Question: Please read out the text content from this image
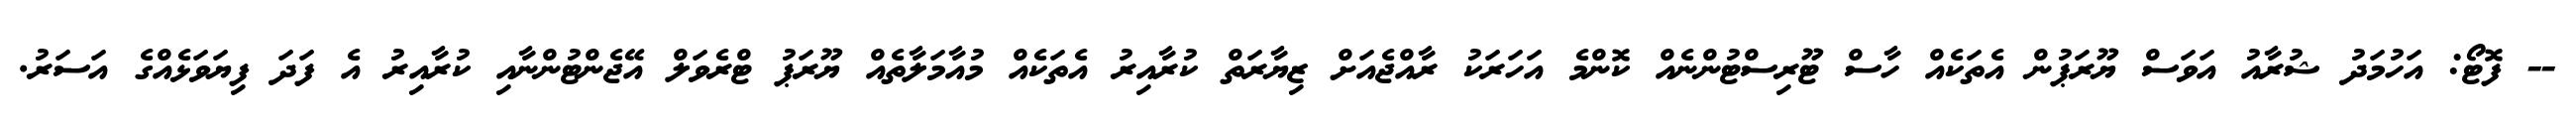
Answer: -- ފޮޓޯ: އަހުމަދު ޝުރާއު އަވަސް ޔޫރަޕުން އެތަކެއް ހާސް ޓޫރިސްޓުންނެއް ކޮންމެ އަހަރަކު ރާއްޖެއަށް ޒިޔާރަތް ކުރާއިރު އެތަކެއް މުއާމަލާތެއް ޔޫރަޕު ޓްރެވަލް އޭޖެންޓުންނާއި ކުރާއިރު އެ ފަދަ ފިޔަވަޅެއްގެ އަސަރު.